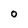
Character: 0